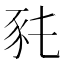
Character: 𧰭